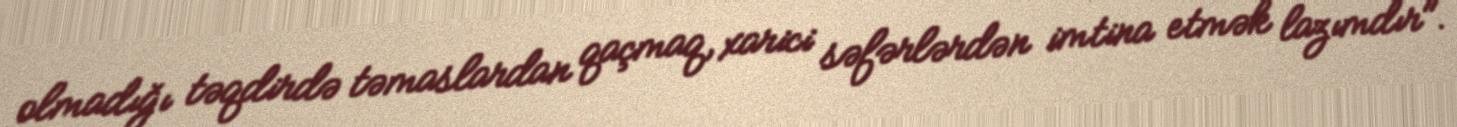
olmadığı təqdirdə təmaslardan qaçmaq, xarici səfərlərdən imtina etmək lazımdır".